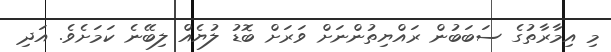
މި އިމާރާތުގެ ސަބަބުން ރައްޔިތުންނަަށް ވަރަށް ބޮޑު ލުޔެއް ލިބޭނެ ކަމަށެވެ. އަދި